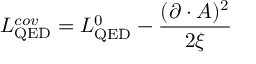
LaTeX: { \cal L } _ { \mathrm { Q E D } } ^ { c o v } = { \cal L } _ { \mathrm { Q E D } } ^ { 0 } - { \frac { ( \partial \cdot { \cal A } ) ^ { 2 } } { 2 \xi } }